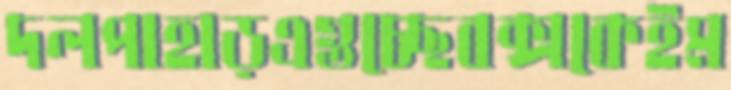
দলপাহাড়এগুচ্ছেবক্সকেইম